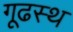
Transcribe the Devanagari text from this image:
गूढस्थ